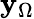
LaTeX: \mathbf{y}_{\Omega}